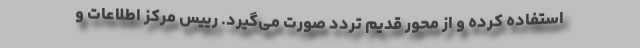
استفاده کرده و از محور قدیم تردد صورت می‌گیرد. رییس مرکز اطلاعات و